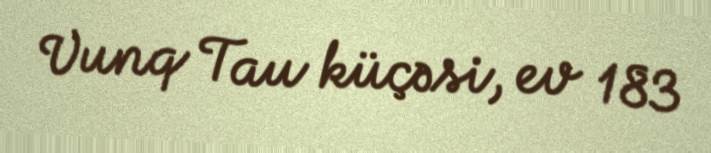
Vunq Tau küçəsi, ev 183